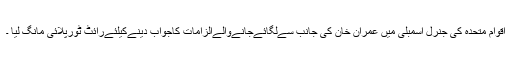
اقوام متحدہ کی جنرل اسمبلی میں عمران خان کی جانب سےلگائےجانےوالےالزامات کاجواب دینےکیلئےرائٹ ٹورپلائی مانگ لیا ۔